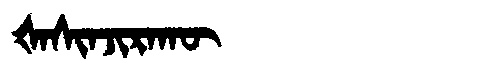
Manchu: ᡧᠠᠰᡳᠨᠵᡳᡵᠠᡴᡡ
Romanization: ŠASINJIRAKŪ